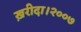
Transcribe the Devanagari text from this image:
ख़रीदा।२००७